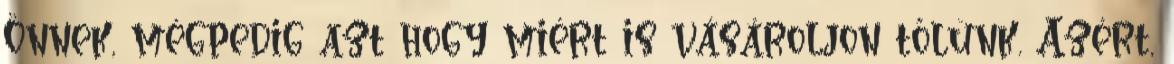
Önnek, mégpedig azt hogy miért is vásároljon tőlünk. Azért,